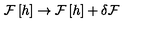
{ \cal F } \left[ h \right] \rightarrow { \cal F } \left[ h \right] + \delta { \cal F }